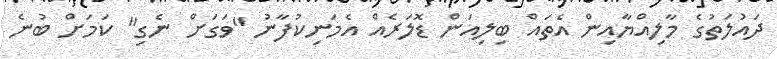
ދައުލަތުގެ މާލިއްޔާއިން އެތައް ބިލިއަން ޑޮލަރެއް އެމަނިކުފާނު "ވަގަށް ނެގި" ކަމަށް ބުނެ